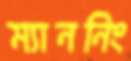
ম্যাননিং